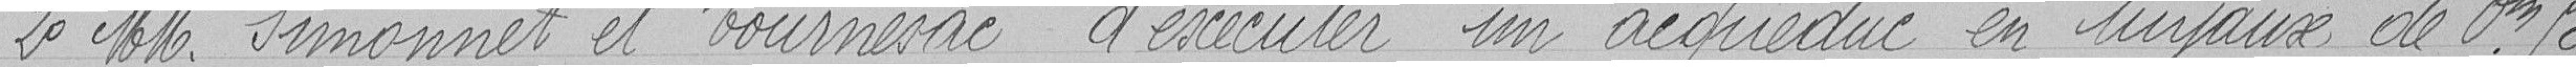
2° Messieurs Simonnet et Tournesac d'exécuter un aqueduc en tuyaux de 0,50 m